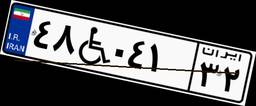
۴۸W۰۴۱۳۲